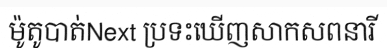
ម៉ូតូបាត់Next ប្រទះឃើញសាកសពនារី